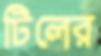
টিলের